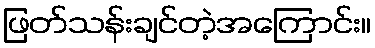
ဖြတ်သန်းချင်တဲ့အကြောင်း။